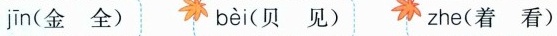
jīn (金 全) bèi (贝 见) zhe(着 看)